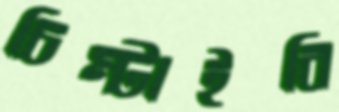
চিম্‌টাইবি